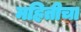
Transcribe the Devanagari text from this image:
महितीचा